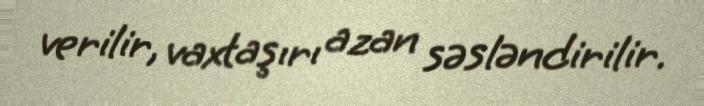
verilir, vaxtaşırı azan səsləndirilir.